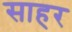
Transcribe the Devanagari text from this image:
साहर